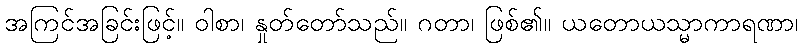
အကြင်အခြင်းဖြင့်။ ဝါစာ၊ နှုတ်တော်သည်။ ဂတာ၊ ဖြစ်၏။ ယတောယသ္မာကာရဏာ၊